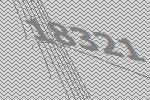
18321